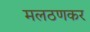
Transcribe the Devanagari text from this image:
मलठणकर